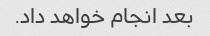
بعد انجام خواهد داد.